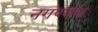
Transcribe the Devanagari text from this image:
नगण्यच